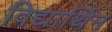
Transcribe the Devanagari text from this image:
विद्यार्थिन